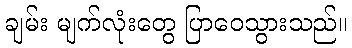
ချမ်း မျက်လုံးတွေ ပြာဝေသွားသည်။